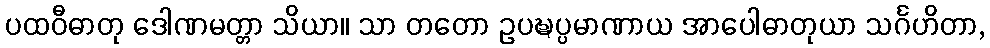
ပထဝီဓာတု ဒေါဏမတ္တာ သိယာ။ သာ တတော ဥပဍ္ဎပ္ပမာဏာယ အာပေါဓာတုယာ သင်္ဂဟိတာ,